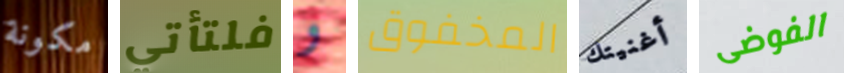
مكونة فلتأتي و المخفوق أغنيتك الفوضى